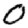
Digit: 0